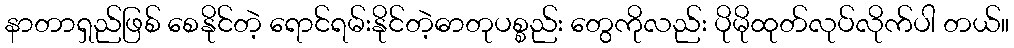
နာတာရှည်ဖြစ် စေနိုင်တဲ့ ရောင်ရမ်းနိုင်တဲ့ဓာတုပစ္စည်း တွေကိုလည်း ပိုမိုထုတ်လုပ်လိုက်ပါ တယ်။